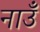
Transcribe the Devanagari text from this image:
नाउँ